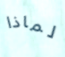
لماذا